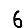
Digit: 6